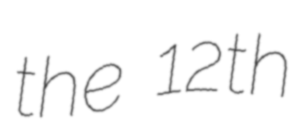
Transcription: the 12th